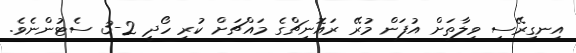
އިނގިރޭސި ވިލާތަށް އުފަން މުރޭ ރައޮނިޗްގެ މައްޗަށް ކުރި ހޯދީ 2-3 ސެޓުންނެވެ.